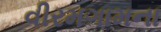
વીરમગામના